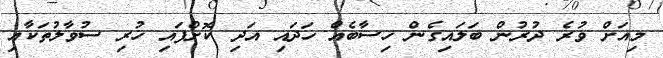
މިއަށް ވުރެ ދުރުން ބަލައިގެން ހިސާބެއް ހަދައި އަދި ކޮށްފައި ހުރި ސުވާލުތަކާއި